Punjab Mental Hospital Lahore 1932-46 - 1932-1946
Year: 1932
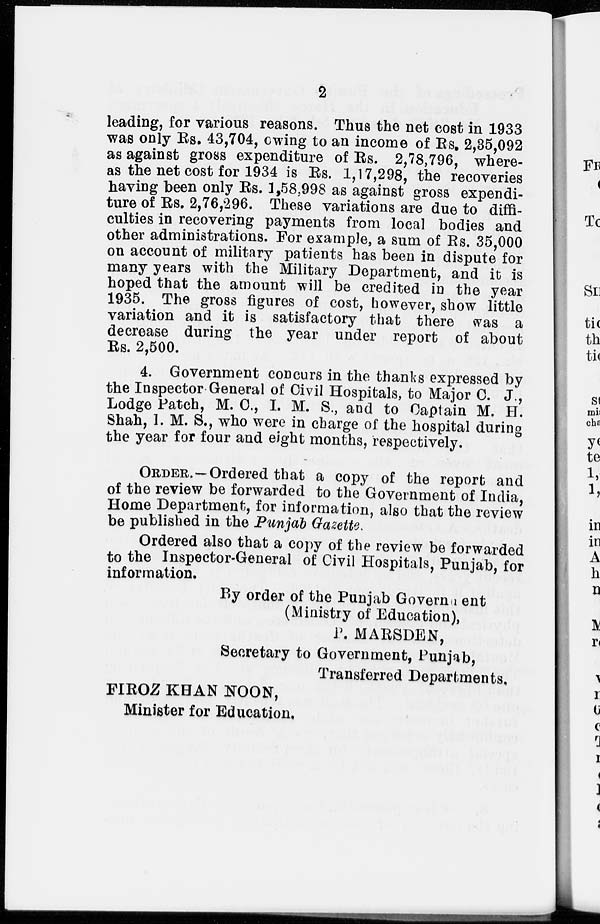
2
leading, for various reasons. Thus the net cost in 1933
was only Rs. 43,704, owing to an income of Rs. 2,35,092
as against gross expenditure of Rs. 2,78,796, where-
as the net cost for 1934 is Rs. 1,17,298, the recoveries
having been only Rs. 1,58,998 as against gross expendi-
ture of Rs. 2,76,296. These variations are due to diffi-
culties in recovering payments from local bodies and
other administrations. For example, a sum of Rs. 35,000
on account of military patients has been in dispute for
many years with the Military Department, and it is
hoped that the amount will be credited in the year
1935. The gross figures of cost, however, show little
variation and it is satisfactory that there was a
decrease during the year under report of about
Rs. 2,500.
4. Government concurs in the thanks expressed by
the Inspector General of Civil Hospitals, to Major C. J.,
Lodge Patch, M. C., I. M. S., and to Captain M. H.
Shah, I. M. S., who were in charge of the hospital during
the year for four and eight months, respectively.
ORDER.—Ordered that a copy of the report and
of the review be forwarded to the Government of India,
Home Department, for information, also that the review
be published in the Punjab Gazette.
Ordered also that a copy of the review be forwarded
to the Inspector-General of Civil Hospitals, Punjab, for
information.
By order of the Punjab Government
(Ministry of Education),
P. MARSDEN,
Secretary to Government, Punjab,
Transferred Departments,
FIROZ KHAN NOON,
Minister for Education,